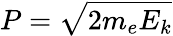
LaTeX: P={\sqrt{2m_{e}E_{k}}}